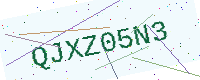
Text: QJXZ05N3